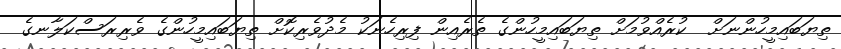
ތިޔަބައިމީހުންނަށް  ކުރެއްވުމަށް ތިޔަބައިމީހުންގެ ތެރެއިން ފިރިހެނަކު މެދުވެރިކޮށް ތިޔަބައިމީހުންގެ ވެރިރަސްކަލާނގެ